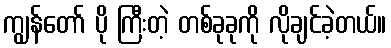
ကျွန်တော် ပို ကြီးတဲ့ တစ်ခုခုကို လိုချင်ခဲ့တယ်။